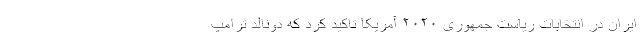
ایران در انتخابات ریاست جمهوری ۲۰۲۰ آمریکا تاکید کرد که دونالد ترامپ